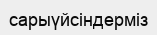
сарыүйсіндерміз